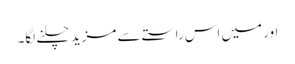
اور میں اس راستے سے مزید چلنے لگا۔